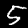
Digit: 5